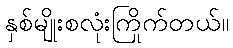
နှစ်မျိုးစလုံးကြိုက်တယ်။